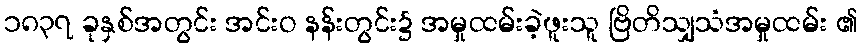
၁၈၃၇ ခုနှစ်အတွင်း အင်းဝ နန်းတွင်း၌ အမှုထမ်းခဲ့ဖူးသူ ဗြိတိသျှသံအမှုထမ်း ၏